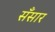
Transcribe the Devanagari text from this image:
सँसार